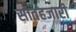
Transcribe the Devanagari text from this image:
सातहजारी